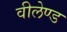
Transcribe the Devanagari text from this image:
वीलेण्ड